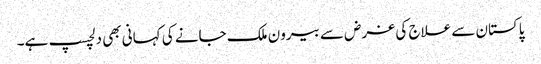
پاکستان سے علاج کی غرض سے بیرون ملک جانے کی کہانی بھی دلچسپ ہے۔